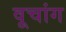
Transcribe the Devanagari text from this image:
वूचांग